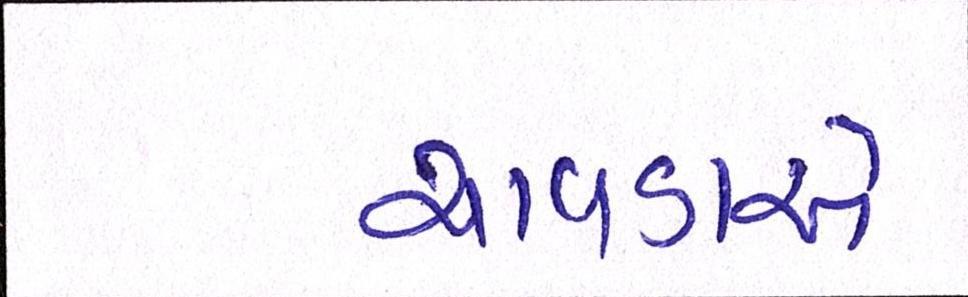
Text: ચાવડાએ